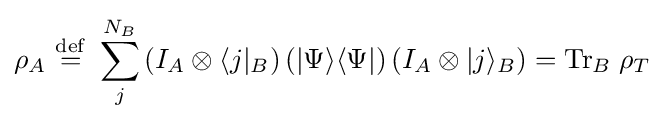
\rho _{A}\ {\stackrel {\mathrm {def} }{=}}\ \sum _{j}^{N_{B}}\left(I_{A}\otimes \langle j|_{B}\right)\left(|\Psi \rangle \langle \Psi |\right)\left(I_{A}\otimes |j\rangle _{B}\right)={\hbox{Tr}}_{B}\;\rho _{T}